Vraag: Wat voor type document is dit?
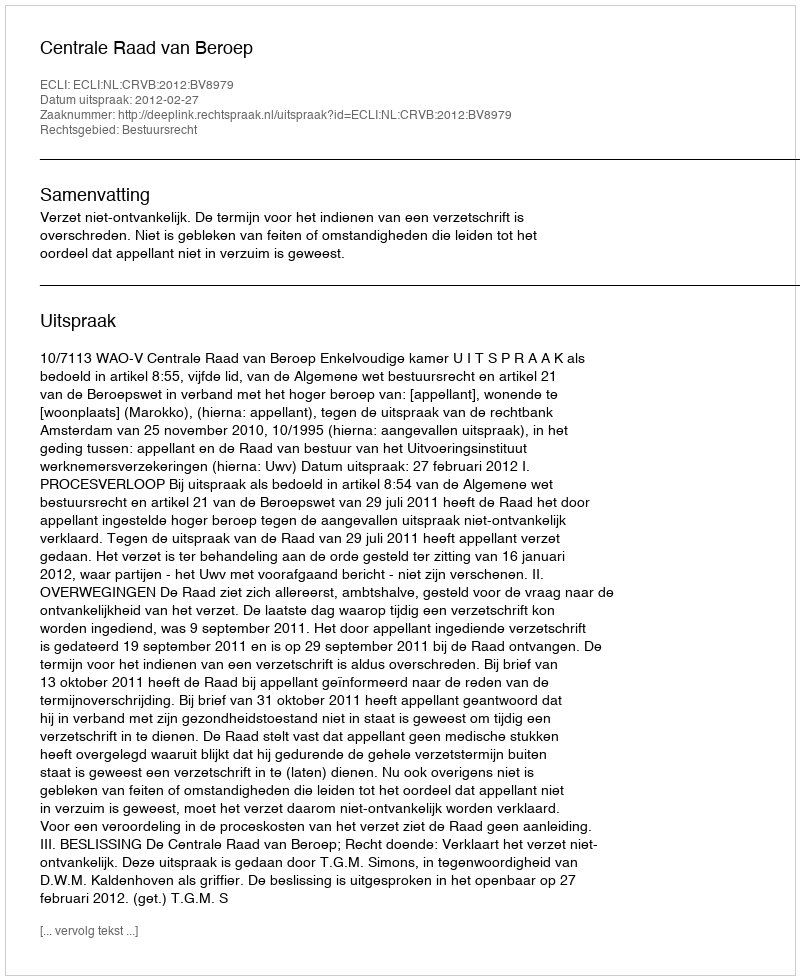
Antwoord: Uitspraak